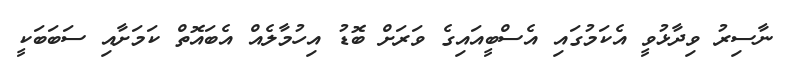
ނާސިރު ވިދާޅުވީ އެކަމުގައި އެސްބީއައިގެ ވަރަށް ބޮޑު އިހުމާލެއް އެބައޮތް ކަމަށާއި ސަބަބަކީ